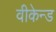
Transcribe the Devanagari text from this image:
वीकेन्ड